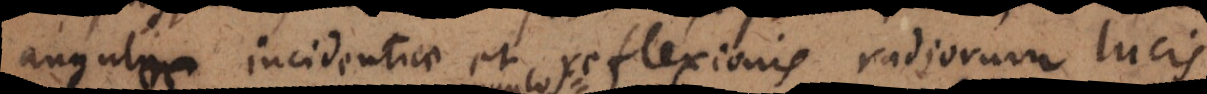
angulos incidentiae et reflexionis radiorum lucis